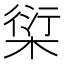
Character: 𰗿